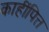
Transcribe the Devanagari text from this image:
काहींपित्त